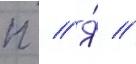
п // Я́ //